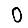
Digit: 0